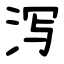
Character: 泻